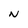
Character: N